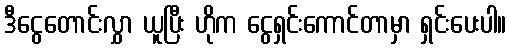
ဒီငွေတောင်းလွှာ ယူပြီး ဟိုက ငွေရှင်းကောင်တာမှာ ရှင်းပေးပါ။